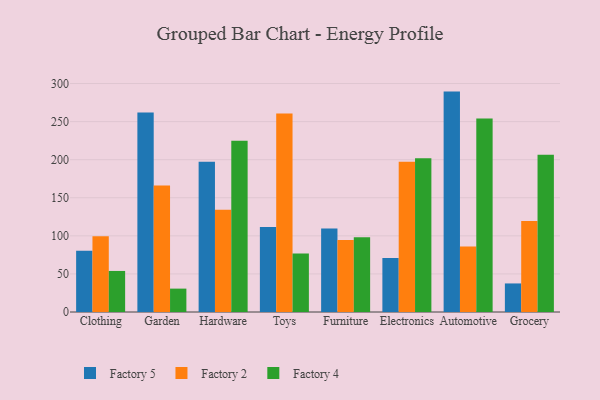
{"axis": {"x": "Category", "y": "Page Views"}, "legend": ["Factory 2", "Factory 4", "Factory 5"], "data": [{"x": "Clothing", "y": 80.3, "type": "Factory 5"}, {"x": "Clothing", "y": 99.6, "type": "Factory 2"}, {"x": "Clothing", "y": 53.9, "type": "Factory 4"}, {"x": "Garden", "y": 261.8, "type": "Factory 5"}, {"x": "Garden", "y": 166.2, "type": "Factory 2"}, {"x": "Garden", "y": 30.7, "type": "Factory 4"}, {"x": "Hardware", "y": 197.2, "type": "Factory 5"}, {"x": "Hardware", "y": 134.4, "type": "Factory 2"}, {"x": "Hardware", "y": 224.8, "type": "Factory 4"}, {"x": "Toys", "y": 111.6, "type": "Factory 5"}, {"x": "Toys", "y": 260.6, "type": "Factory 2"}, {"x": "Toys", "y": 76.9, "type": "Factory 4"}, {"x": "Furniture", "y": 109.8, "type": "Factory 5"}, {"x": "Furniture", "y": 94.4, "type": "Factory 2"}, {"x": "Furniture", "y": 98.2, "type": "Factory 4"}, {"x": "Electronics", "y": 71.0, "type": "Factory 5"}, {"x": "Electronics", "y": 197.3, "type": "Factory 2"}, {"x": "Electronics", "y": 201.9, "type": "Factory 4"}, {"x": "Automotive", "y": 289.4, "type": "Factory 5"}, {"x": "Automotive", "y": 86.1, "type": "Factory 2"}, {"x": "Automotive", "y": 254.2, "type": "Factory 4"}, {"x": "Grocery", "y": 37.5, "type": "Factory 5"}, {"x": "Grocery", "y": 119.5, "type": "Factory 2"}, {"x": "Grocery", "y": 206.4, "type": "Factory 4"}]}